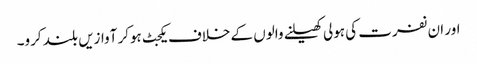
اور ان نفرت کی ہولی کھیلنے والوں کے خلاف یکجٹ ہوکر آوازیں بلند کرو۔